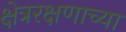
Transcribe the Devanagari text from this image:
क्षेत्ररक्षणाच्या